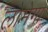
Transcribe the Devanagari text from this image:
लोमेगा